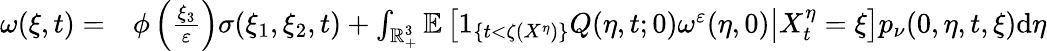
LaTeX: \begin{array}{rl}{\omega(\xi,t)=}&{{}\phi\left(\frac{\xi_{3}}{\varepsilon}\right)\sigma(\xi_{1},\xi_{2},t)+\int_{\mathbb{R}_{+}^{3}}\mathbb{E}\left[\left.1_{\{ t<\zeta(X^{\eta})\} }Q(\eta,t;0)\omega^{\varepsilon}(\eta,0)\right|X_{t}^{\eta}=\xi\right]p_{\nu}(0,\eta,t,\xi)\mathrm{d}\eta}\end{array}